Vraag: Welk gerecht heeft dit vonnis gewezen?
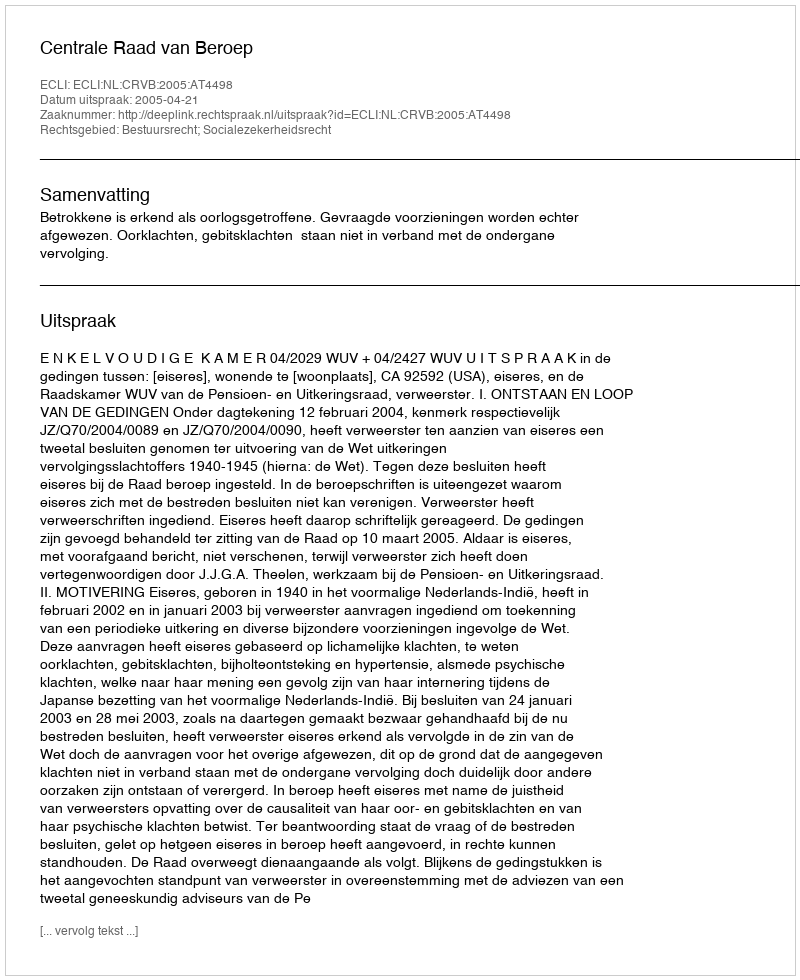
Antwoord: Centrale Raad van Beroep